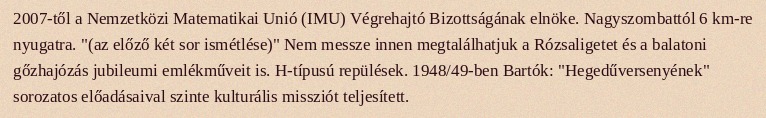
2007-től a Nemzetközi Matematikai Unió (IMU) Végrehajtó Bizottságának elnöke. Nagyszombattól 6 km-re nyugatra. "(az előző két sor ismétlése)" Nem messze innen megtalálhatjuk a Rózsaligetet és a balatoni gőzhajózás jubileumi emlékműveit is. H-típusú repülések. 1948/49-ben Bartók: "Hegedűversenyének" sorozatos előadásaival szinte kulturális missziót teljesített.